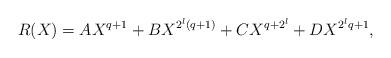
LaTeX: \begin{align*}R(X) = A X^{q+1} + B X^{2^l(q+1)} + C X^{q + 2^l} + D X^{2^lq+1},\end{align*}